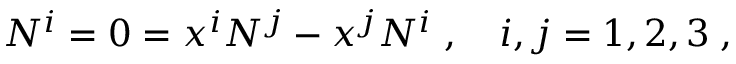
N ^ { i } = 0 = x ^ { i } N ^ { j } - x ^ { j } N ^ { i } \; , \quad i , j = 1 , 2 , 3 \; ,